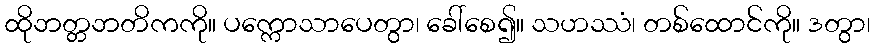
ထိုဘတ္တဘတိကကို။ ပက္ကောသာပေတွာ၊ ခေါ်စေ၍။ သဟဿံ၊ တစ်ထောင်ကို။ ဒတွာ၊